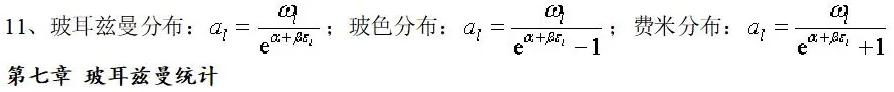
11、玻耳兹曼分布：$a_{l}=\frac{\omega_{l}}{e^{\alpha + \beta \varepsilon_{l}}}$；玻色分布：$a_{l}=\frac{\omega_{l}}{e^{\alpha + \beta \varepsilon_{l}} - 1}$；费米分布：$a_{l}=\frac{\omega_{l}}{e^{\alpha + \beta \varepsilon_{l}} + 1}$

第七章 玻耳兹曼统计